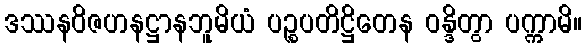
ဒဿနဝိဇဟနဋ္ဌာနဘူမိယံ ပဉ္စပတိဋ္ဌိတေန ဝန္ဒိတွာ ပက္ကာမိ။